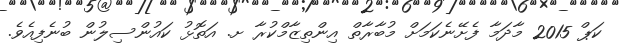
ކަޕް 2015 މާދަމާ ފެށޭނެކަމަށް މުބާރާތް އިންތިޒާމްކުރާ ށ. އަތޮޅު ކައުންސިލުން ބުނެފިއެވެ.